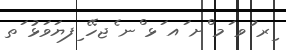
ިރ ުވ ަމ ްށ ައ ަޅ ްނ ެޖހޭ ިފޔަވަޅު ަތ